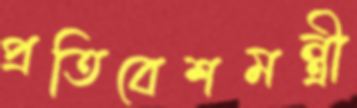
প্রতিবেশমন্ত্রী